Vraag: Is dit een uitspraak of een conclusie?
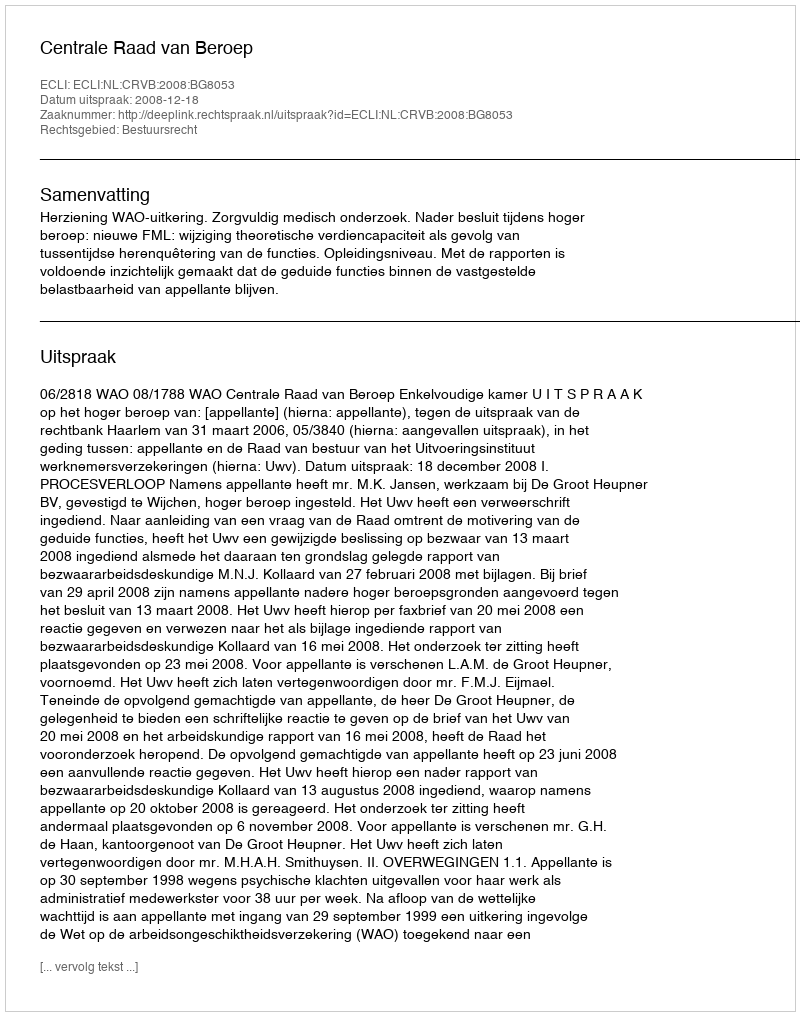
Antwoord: Uitspraak